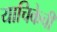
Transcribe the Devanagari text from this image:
याचिकेची